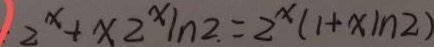
: 2 ^ { x } + x 2 ^ { x } \ln 2 . = 2 ^ { x } ( 1 + x \ln 2 )